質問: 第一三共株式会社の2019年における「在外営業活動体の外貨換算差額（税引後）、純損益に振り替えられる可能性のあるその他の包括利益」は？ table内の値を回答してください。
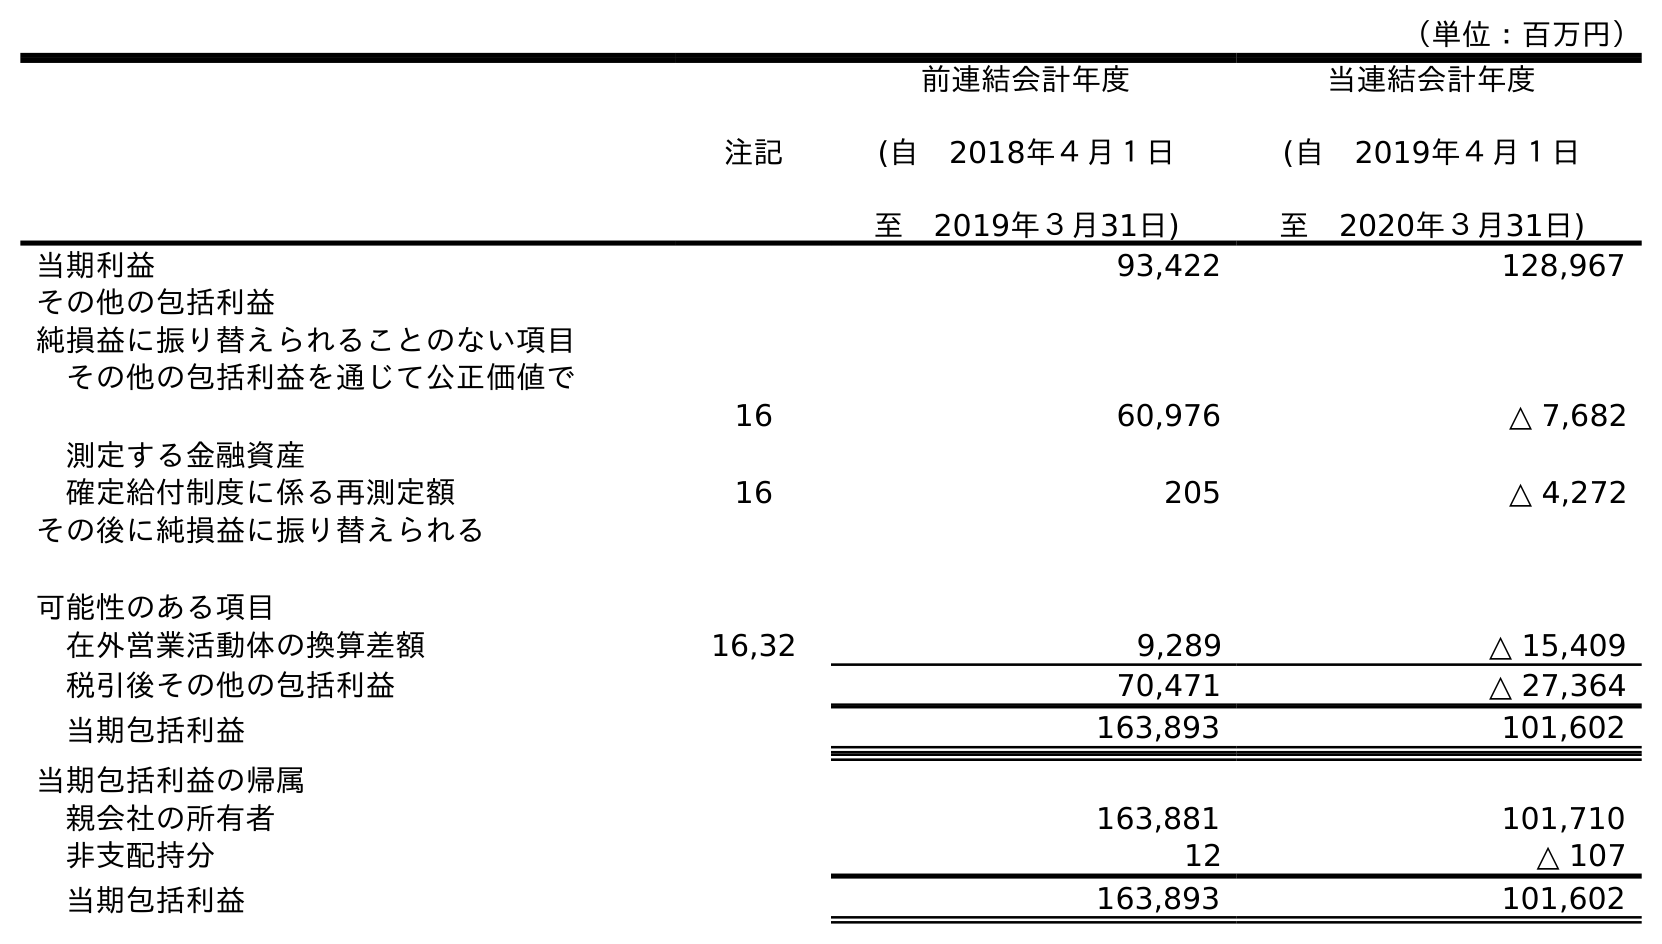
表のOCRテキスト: （単位：百万円） 注記 前連結会計年度 (自 2018年４月１日 至 2019年３月31日) 当連結会計年度 (自 2019年４月１日 至 2020年３月31日) 当期利益 93,422 128,967 その他の包括利益 純損益に振り替えられることのない項目 その他の包括利益を通じて公正価値で 測定する金融資産 16 60,976 △ 7,682 確定給付制度に係る再測定額 16 205 △ 4,272 その後に純損益に振り替えられる 可能性のある項目 在外営業活動体の換算差額 16,32 9,289 △ 15,409 税引後その他の包括利益 70,471 △ 27,364 当期包括利益 163,893 101,602 当期包括利益の帰属 親会社の所有者 163,881 101,710 非支配持分 12 △ 107 当期包括利益 163,893 101,602
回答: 9,289